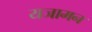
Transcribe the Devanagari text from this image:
यजामन